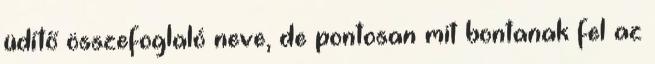
üdítő összefoglaló neve, de pontosan mit bontanak fel az